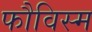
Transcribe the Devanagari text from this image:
फौविस्म